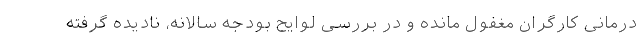
درمانی کارگران مغفول مانده و در بررسی لوایح بودجه سالانه، نادیده گرفته